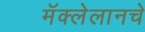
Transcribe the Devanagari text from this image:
मॅक्लेलानचे